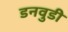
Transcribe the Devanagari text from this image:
डनवुडी